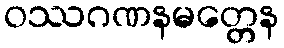
ဝဿဂဏနမတ္တေန